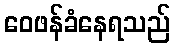
ဝေဖန်ခံနေရသည်